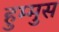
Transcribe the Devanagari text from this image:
हुम्मुस